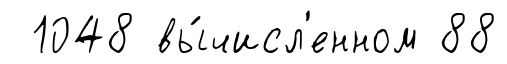
1048 вы́числ'енном 88